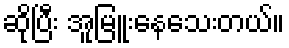
ဆိုပြီး အူမြူးနေသေးတယ်။